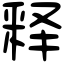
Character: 释